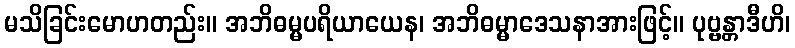
မသိခြင်းမောဟတည်း။ အဘိဓမ္မပရိယာယေန၊ အဘိဓမ္မာဒေသနာအားဖြင့်။ ပုဗ္ဗန္တာဒီဟိ၊